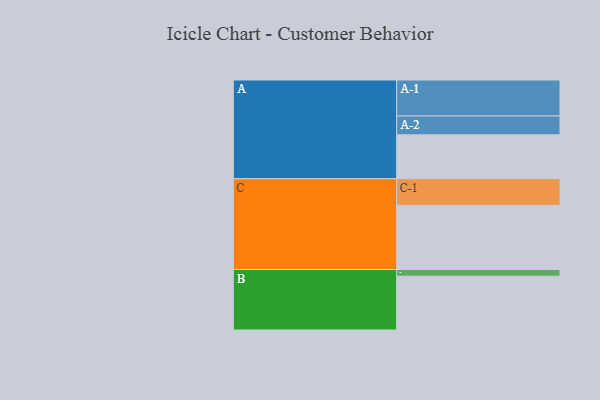
{"axis": {"x": "Segment", "y": "Value"}, "legend": ["", "A", "B", "C"], "data": [{"x": "A", "y": 333, "type": ""}, {"x": "B", "y": 408, "type": ""}, {"x": "C", "y": 487, "type": ""}, {"x": "A-1", "y": 273, "type": "A"}, {"x": "A-2", "y": 143, "type": "A"}, {"x": "B-1", "y": 51, "type": "B"}, {"x": "C-1", "y": 202, "type": "C"}]}